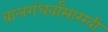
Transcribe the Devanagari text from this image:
बालगंधर्वांसारखी